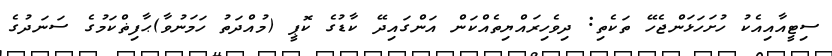
ސިޓީއާއިއެކު ހުށަހަޅަންޖެހޭ ތަކެތި: ދިވެހިރައްޔިތެއްކަން އަންގައިދޭ ކާޑުގެ ކޮޕީ (މުއްދަތު ހަމަނުވާ)ޙާފިޡްކަމުގެ ސަނަދުގެ